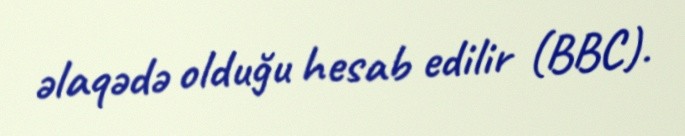
əlaqədə olduğu hesab edilir (BBC).